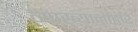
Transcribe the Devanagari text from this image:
व्याख्यानाद्वारे